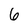
Character: 6